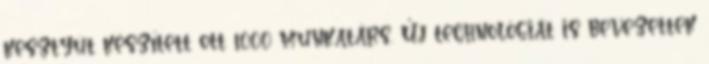
kesztyût készített ott 1000 munkatárs. Új technológiát is bevezettek